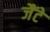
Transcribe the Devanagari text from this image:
जैंटे